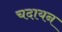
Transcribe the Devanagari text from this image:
चदायन